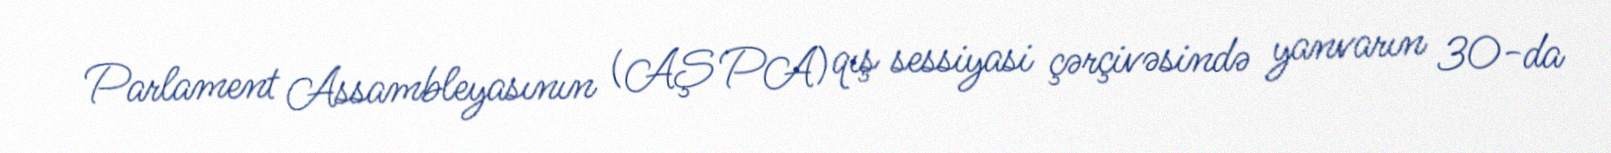
Parlament Assambleyasının (AŞ PA) qış sessiyasi çərçivəsində yanvarın 30-da